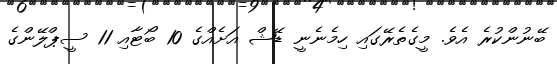
ބޭނުންކުރެ އެވެ. މީގެތެރޭގައި ހިމެނެނީ ޑޭޝް އަށެއްގެ 10 ބޯޓާއި 11 ސީޕްލޭންގެ